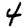
Digit: 4